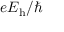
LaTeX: e E _ { \mathrm { h } } / \hbar